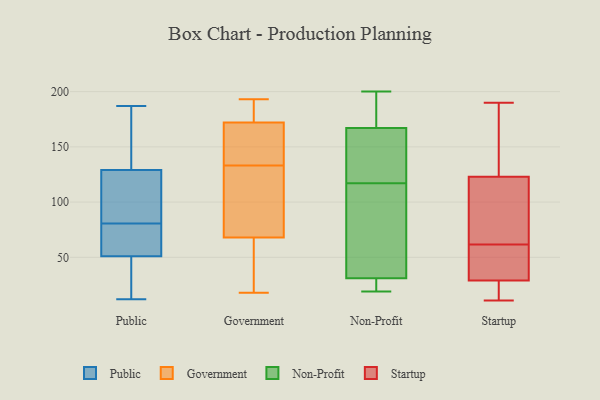
{"axis": {"x": "Temperature (°C)", "y": "Value"}, "legend": ["Government", "Non-Profit", "Public", "Startup"], "data": [{"x": "", "y": 80, "type": "Public"}, {"x": "", "y": 53, "type": "Public"}, {"x": "", "y": 143, "type": "Public"}, {"x": "", "y": 61, "type": "Public"}, {"x": "", "y": 40, "type": "Public"}, {"x": "", "y": 122, "type": "Public"}, {"x": "", "y": 12, "type": "Public"}, {"x": "", "y": 112, "type": "Public"}, {"x": "", "y": 49, "type": "Public"}, {"x": "", "y": 136, "type": "Public"}, {"x": "", "y": 187, "type": "Public"}, {"x": "", "y": 81, "type": "Public"}, {"x": "", "y": 172, "type": "Government"}, {"x": "", "y": 193, "type": "Government"}, {"x": "", "y": 161, "type": "Government"}, {"x": "", "y": 68, "type": "Government"}, {"x": "", "y": 93, "type": "Government"}, {"x": "", "y": 105, "type": "Government"}, {"x": "", "y": 63, "type": "Government"}, {"x": "", "y": 173, "type": "Government"}, {"x": "", "y": 167, "type": "Government"}, {"x": "", "y": 18, "type": "Government"}, {"x": "", "y": 116, "type": "Non-Profit"}, {"x": "", "y": 19, "type": "Non-Profit"}, {"x": "", "y": 167, "type": "Non-Profit"}, {"x": "", "y": 183, "type": "Non-Profit"}, {"x": "", "y": 36, "type": "Non-Profit"}, {"x": "", "y": 145, "type": "Non-Profit"}, {"x": "", "y": 164, "type": "Non-Profit"}, {"x": "", "y": 200, "type": "Non-Profit"}, {"x": "", "y": 67, "type": "Non-Profit"}, {"x": "", "y": 31, "type": "Non-Profit"}, {"x": "", "y": 118, "type": "Non-Profit"}, {"x": "", "y": 169, "type": "Non-Profit"}, {"x": "", "y": 26, "type": "Non-Profit"}, {"x": "", "y": 23, "type": "Non-Profit"}, {"x": "", "y": 190, "type": "Startup"}, {"x": "", "y": 139, "type": "Startup"}, {"x": "", "y": 29, "type": "Startup"}, {"x": "", "y": 32, "type": "Startup"}, {"x": "", "y": 61, "type": "Startup"}, {"x": "", "y": 62, "type": "Startup"}, {"x": "", "y": 24, "type": "Startup"}, {"x": "", "y": 11, "type": "Startup"}, {"x": "", "y": 76, "type": "Startup"}, {"x": "", "y": 122, "type": "Startup"}, {"x": "", "y": 186, "type": "Startup"}, {"x": "", "y": 123, "type": "Startup"}, {"x": "", "y": 29, "type": "Startup"}, {"x": "", "y": 47, "type": "Startup"}]}